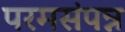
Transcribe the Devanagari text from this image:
परमसंपन्न